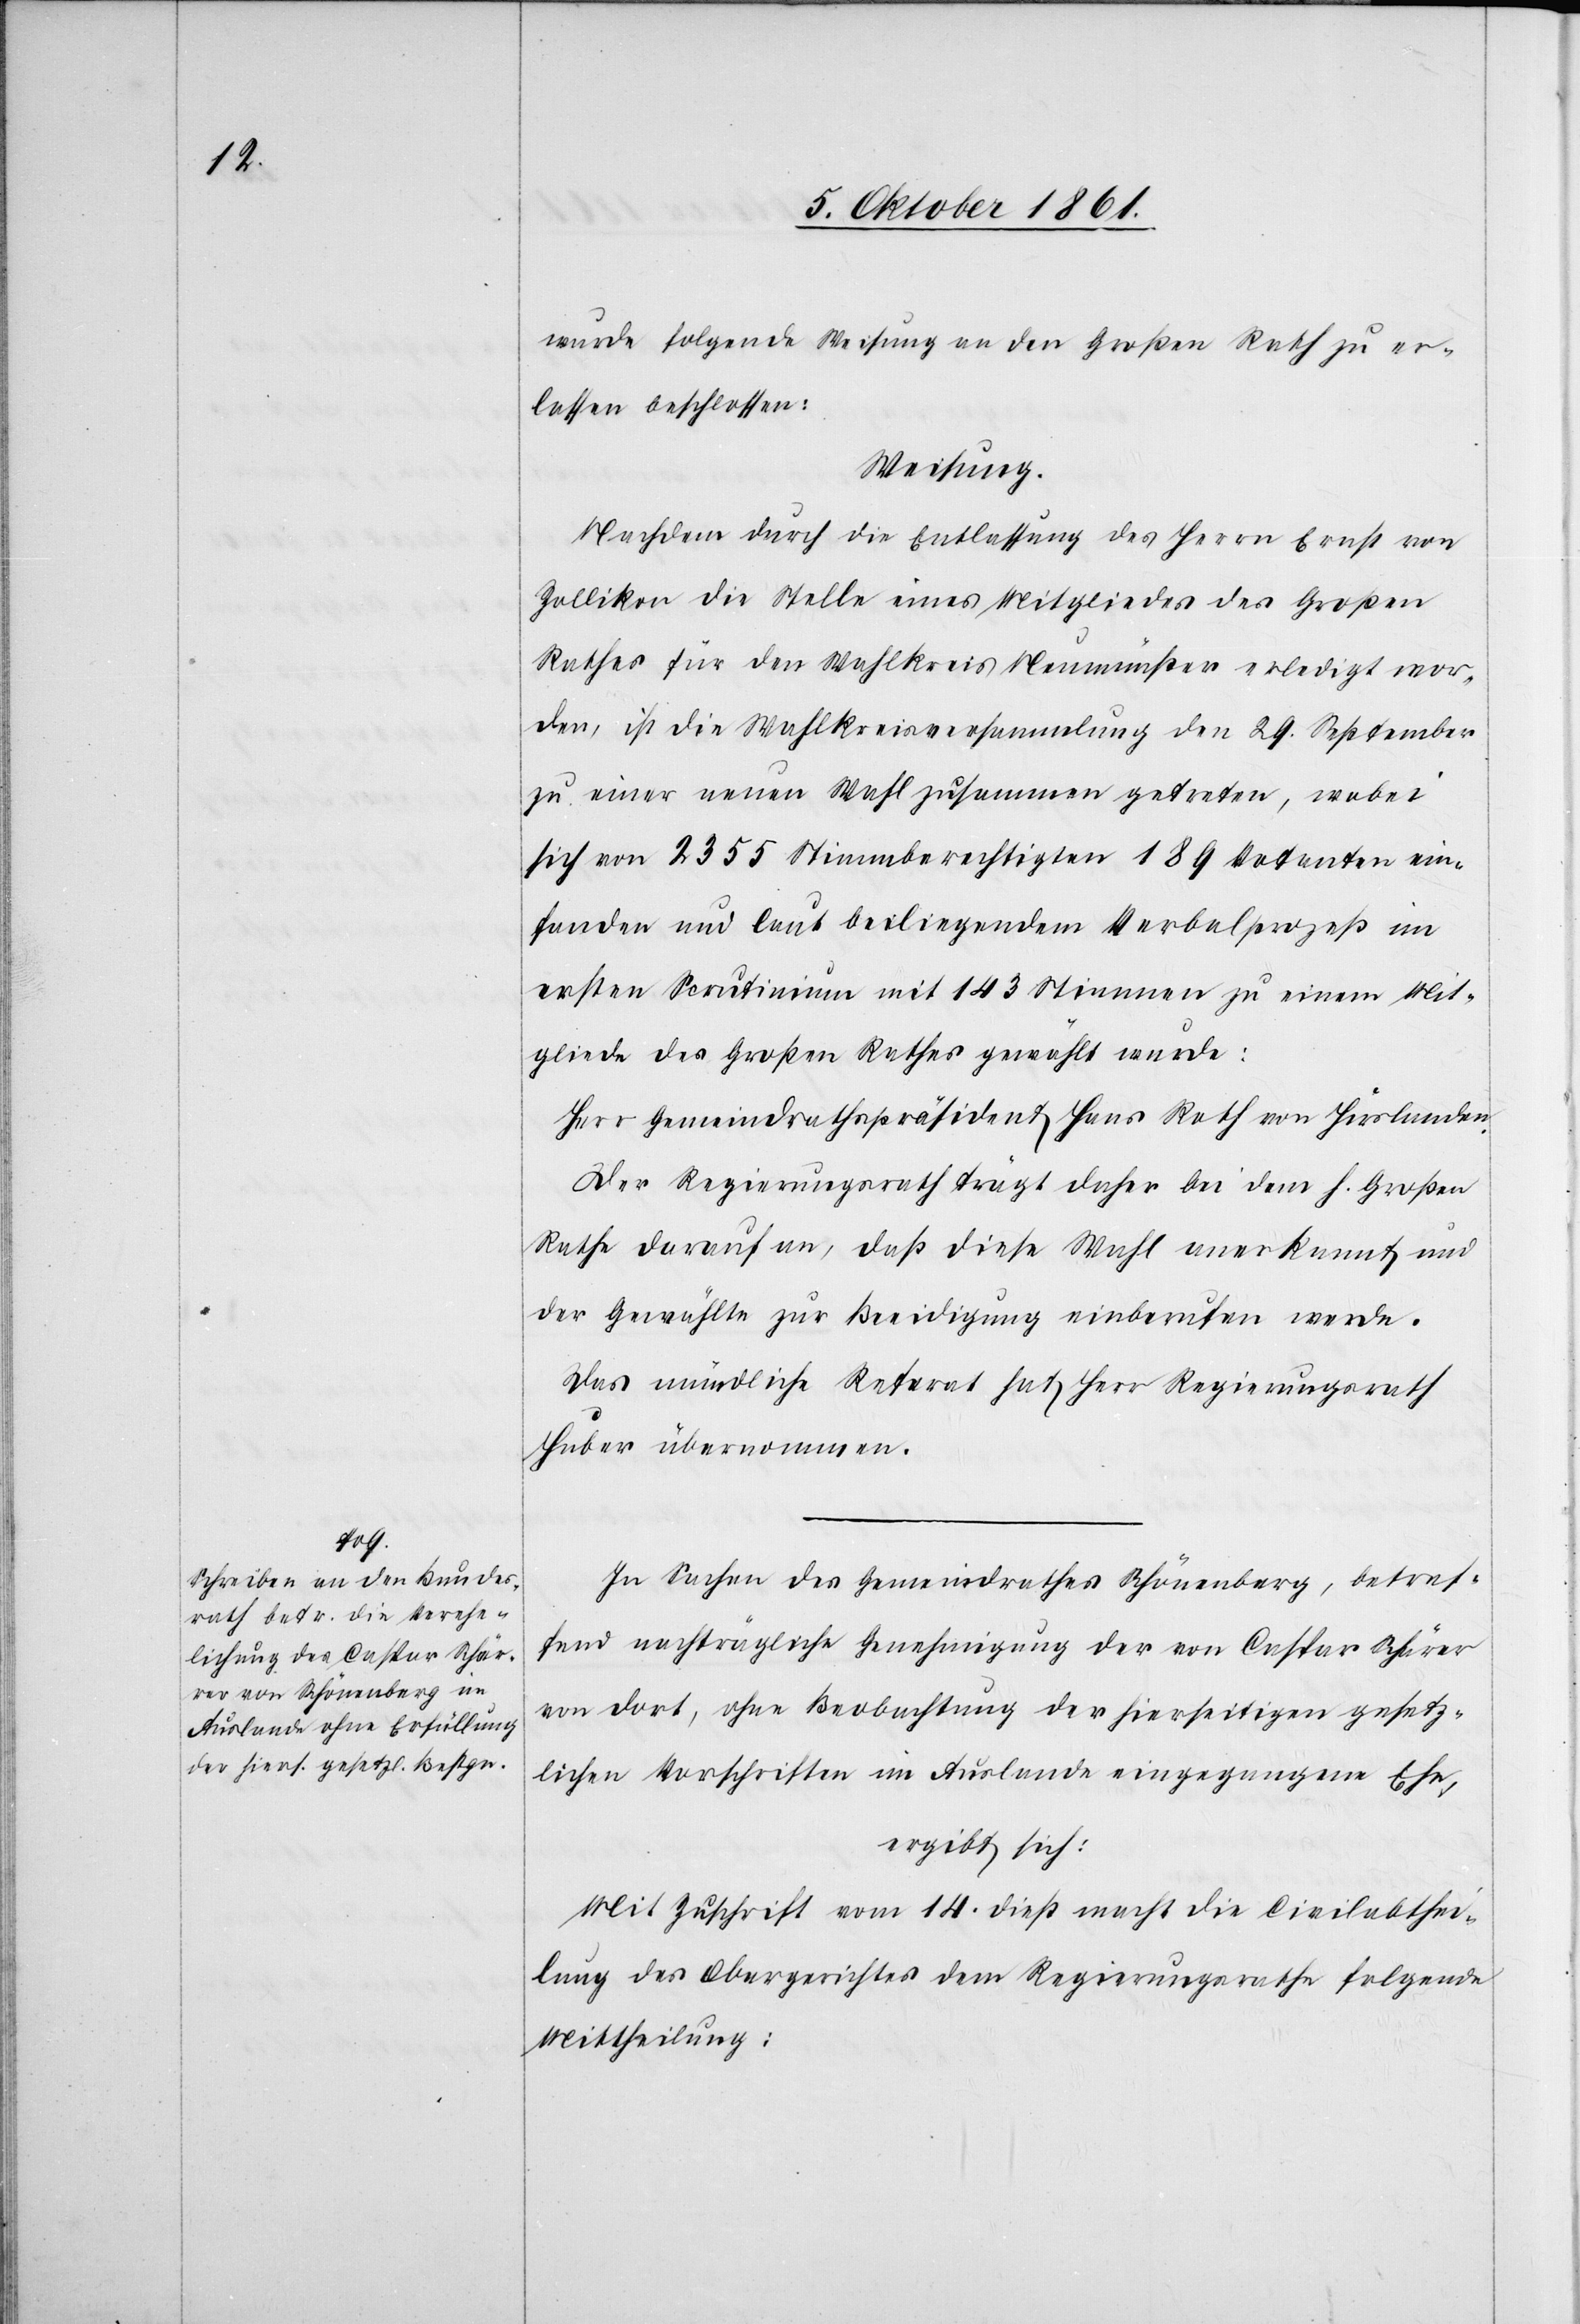
wurde folgende Weisung an den Großen Rath zu er¬
lassen beschlossen:
Weisung.
Nachdem durch die Entlassung des Herrn Ernst von
Zollikon die Stelle eines Mitgliedes des Großen
Rathes für den Wahlkreis Neumünster erledigt wor¬
den, ist die Wahlkreisversammlung den 29 September
zu einer neuen Wahl zusammen getreten, wobei
sich von 2355 Stimmberechtigten 189 Votanten einge¬
funden und laut beiliegendem Verbalprozeß im
ersten Scrutinium mit 143 Stimmen zu einem Mit¬
gliede des Großen Rathes gewählt wurde:
Herr Gemeindrathspräsident Hans Rolf von Hirslanden.
Der Regierungsrath trägt daher an den H. Großen
Rathe darauf an, daß diese Wahl anerkannt und
der Gewählte zur Beeidigung einberufen werde.
Das mündliche Referat hat Herr Regierungsrath
Huber übernommen.
In Sachen des Gemeindrathes Schönenberg, betref¬
fend nachträgliche Genehmigung der an Caspar Schärer
von dort, ohne Beobachtung der hierseitigen gesetz¬
lichen Vorschriften im Auslande eingegangenen Ehe,
ergibt sich:
Mit Zuschrift vom 14 dieß macht die Civilabthei¬
lung des Obergerichtes dem Regierungsrathe folgende
Mittheilung: